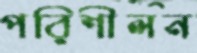
পরিশীলন